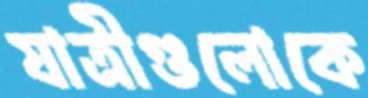
যাত্রীগুলোকে